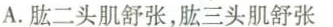
A.肱二头肌舒张，肱三头肌舒张